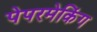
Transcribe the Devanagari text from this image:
पेपरमेकिंग